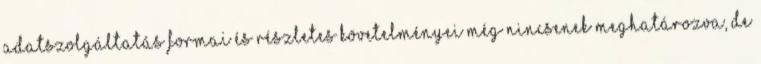
adatszolgáltatás formai és részletes követelményei még nincsenek meghatározva, de